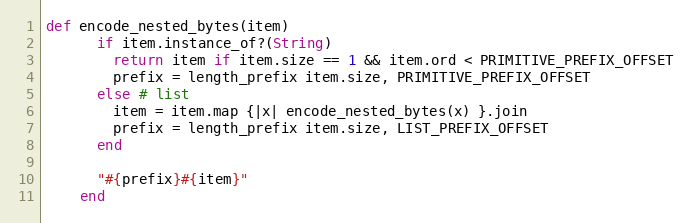
Language: Ruby
def encode_nested_bytes(item)
      if item.instance_of?(String)
        return item if item.size == 1 && item.ord < PRIMITIVE_PREFIX_OFFSET
        prefix = length_prefix item.size, PRIMITIVE_PREFIX_OFFSET
      else # list
        item = item.map {|x| encode_nested_bytes(x) }.join
        prefix = length_prefix item.size, LIST_PREFIX_OFFSET
      end

      "#{prefix}#{item}"
    end